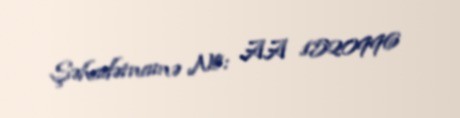
Şəhadətnamə №: AA 1520996